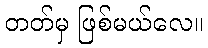
တတ်မှ ဖြစ်မယ်လေ။